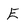
Character: E